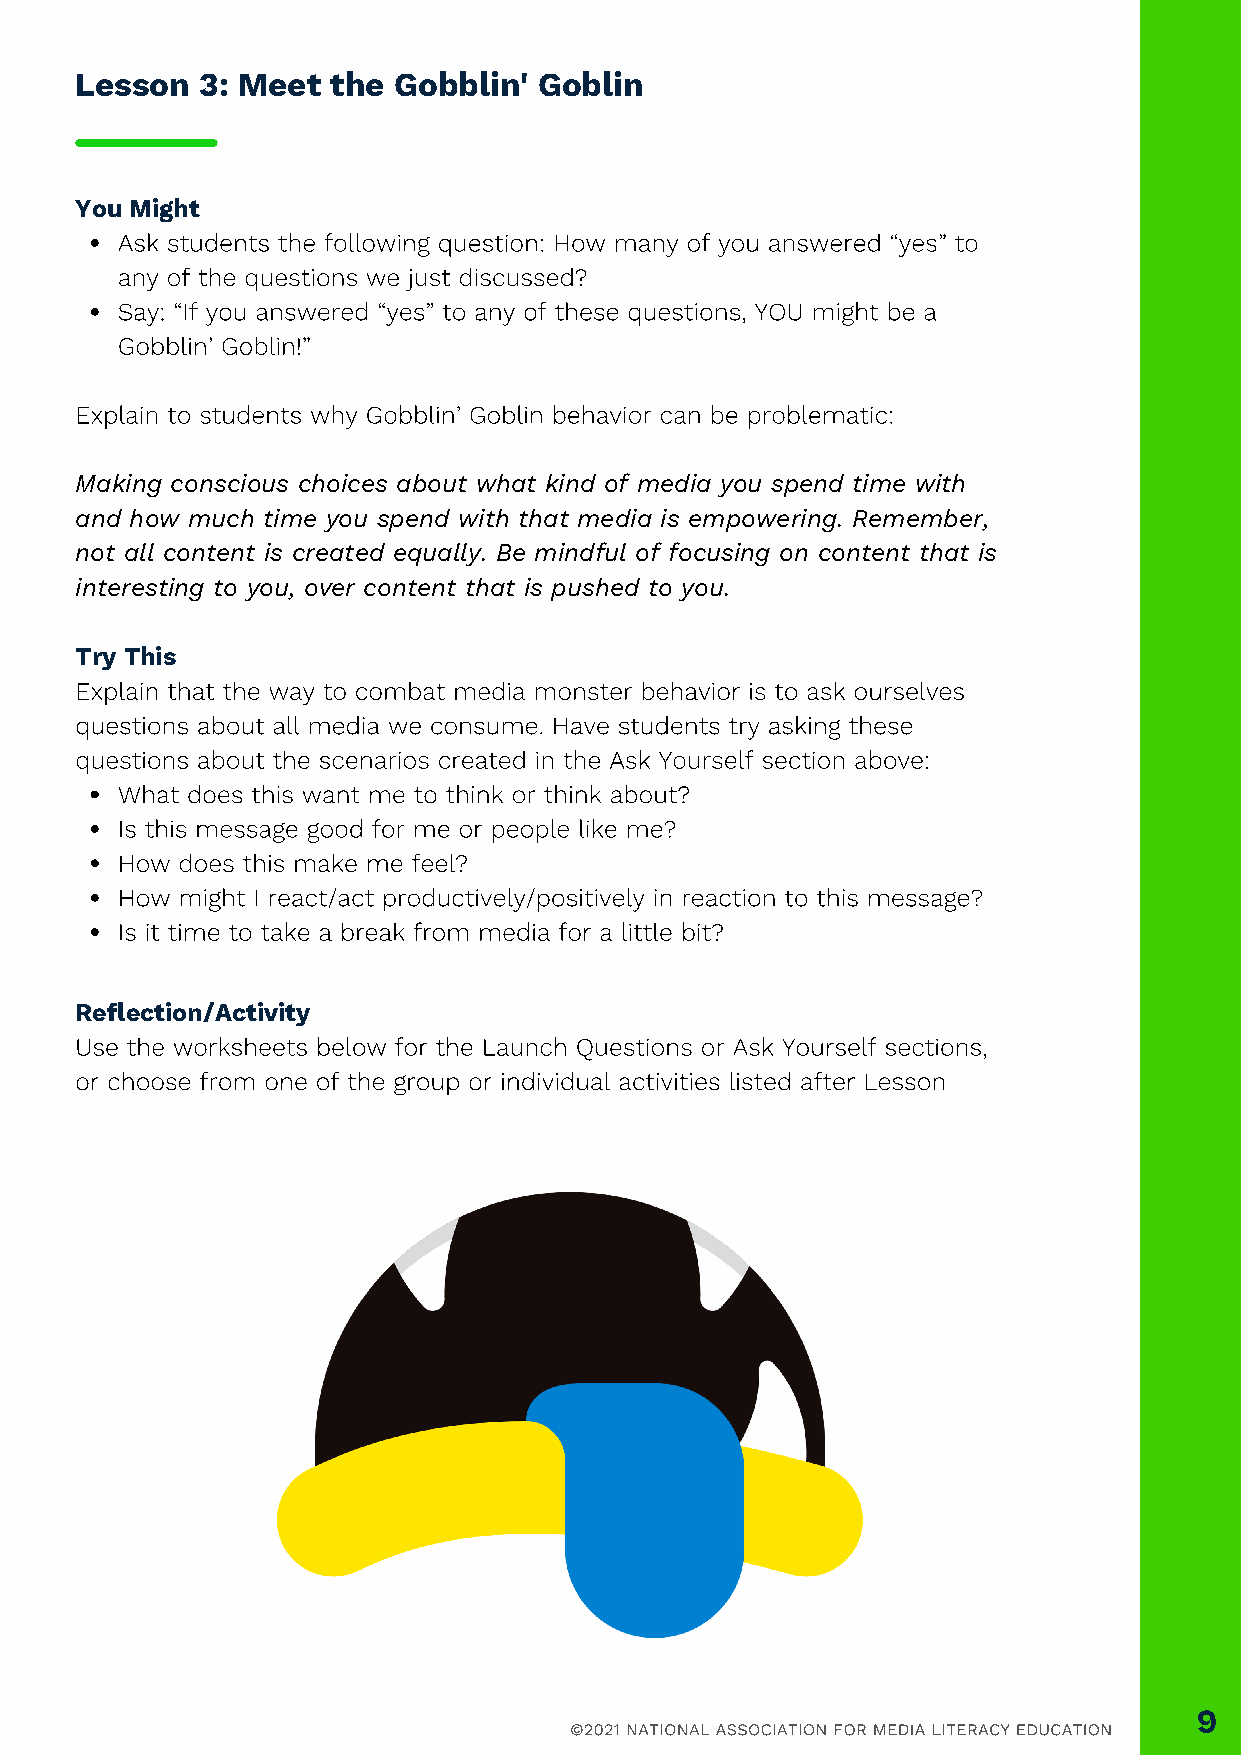
Lesson  3: Meet  the Gobblin'  Goblin
 You Might
 Ask students the following question: How many of you answered “yes” to
 any of the questions we just discussed?
 Say: “If you answered “yes” to any of these questions, YOU might be a
 Gobblin’ Goblin!”
 Explain to students why Gobblin’ Goblin behavior can be problematic:
 Making conscious choices about what kind of media you spend time with
 and how much time you spend with that media is empowering. Remember,
 not all content is created equally. Be mindful of focusing on content that is
 interesting to you, over content that is pushed to you.
 Try This
 Explain that the way to combat media monster behavior is to ask ourselves
 questions about all media we consume. Have students try asking these
 questions about the scenarios created in the Ask Yourself section above:
 What does this want me to think or think about?
 Is this message good for me or people like me?
 How does this make me feel?
 How might I react/act productively/positively in reaction to this message?
 Is it time to take a break from media for a little bit?
 Reflection/Activity
 Use the worksheets below for the Launch Questions or Ask Yourself sections,
 or choose from one of the group or individual activities listed after Lesson
 9
 ©2021 NATIONAL ASSOCIATION FOR MEDIA LITERACY EDUCATION